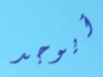
أيوجد